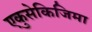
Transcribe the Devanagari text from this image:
एकुसेकिजिमा